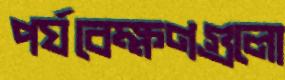
পর্যবেক্ষণগুলো